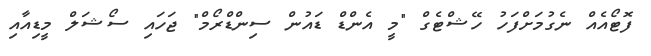
ފޮޓޯއެއް ނެގުމަށްފަހު ހޭޝްޓެގް "މީ އެންޑް ޑައުން ސިންޑްރޯމް" ޖަހައި ސޯޝަލް މީޑިއާއި